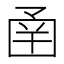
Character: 圅